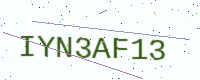
Text: IYN3AF13